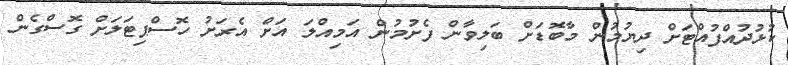
ކުޅުދުއްފުއްޓަށް ދިޔުމުން މާބޮޑަށް ބަލިވާން ފެށުމުން އަމިއްލަ އަށް އެރަށު ހޮސްޕިޓަލަށް ގޮސްގެން